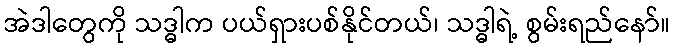
အဲဒါတွေကို သဒ္ဓါက ပယ်ရှားပစ်နိုင်တယ်၊ သဒ္ဓါရဲ့ စွမ်းရည်နော်။